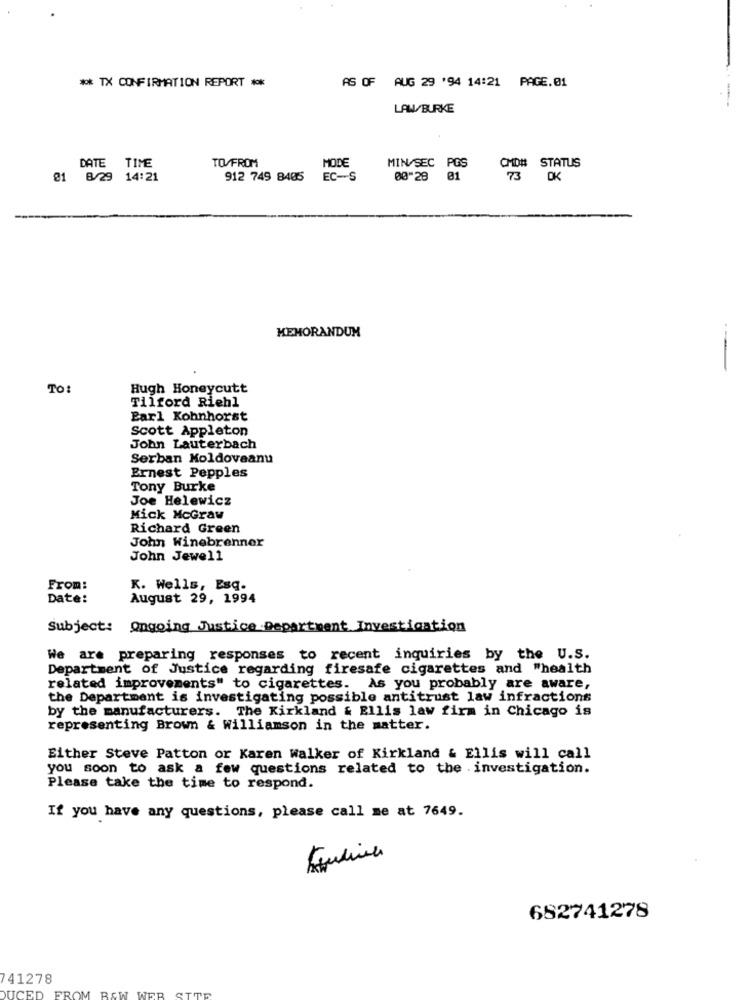
** TX CONFIRMATION REPORT ***
AS OF AUG 29 '94 14:21 PAGE.01
LAW/BURKE
--
TO/FROM
MODE
CMD# STATUS
DATE TIME
MIN/SEC PGS
@1 8/29 14:21
912 749 8405
EC-S
00"28 01
73 DK
MEMORANDUM
--
TO:
Hugh Honeycutt
Tilford Riehl
Earl Kohnhorst
Scott Appleton
John Lauterbach
Serban Moldoveanu
Ernest Pepples
Tony Burke
Joe Helewicz
Mick McGraw
Richard Green
John Winebrenner
John Jewell
From:
K. Wells, Esq.
Date:
August 29, 1994
Subject: Ongoing Justice Department Investigation
We are preparing responses to recent inquiries by the U.S.
Department of Justice regarding firesafe cigarettes and "health
related improvements" to cigarettes. As you probably are aware,
the Department is investigating possible antitrust law infractions
by the manufacturers. The Kirkland & Ellis law firm in Chicago is
representing Brown & Williamson in the matter.
Either Steve Patton or Karen walker of Kirkland & Ellis will call
you soon to ask a few questions related to the investigation.
Please take the time to respond.
If you have any questions, please call me at 7649.
682741278
41278
DUCED
FROM BEW WEB
TTE